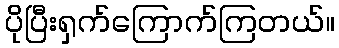
ပိုပြီးရှက်ကြောက်ကြတယ်။